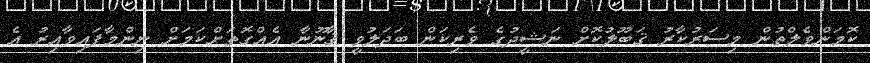
ކޮމަންވެލްތުން މިސަރުކާރު ޤަބޫލުކޮށް ނަޝީދުގެ ވެރިކަން ބަދަލުވީ ޤާނޫނާ އެއްގޮތަށްކަމަށް ނިންމާފައިވާއިރު އެ